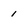
Character: 1